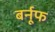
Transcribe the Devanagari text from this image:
बर्नूफ